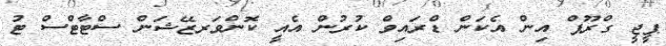
ޕީޖީ ގްރޫޕް އިން އެކަން ޑްރައިވް ކުރުން އެއީ ކޮންވަރޒޭޝަން ސްޓާޓްސް ޓު